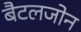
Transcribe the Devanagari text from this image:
बैटलजोन